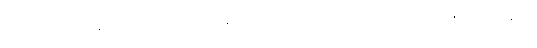
မဟာနာမ၊ မဟနာမ်သည်သာလျှင်ဖြစ်သော။ စိတ္တံ၊ စိတ်သည်။ ဟောတိ၊ ဖြစ်၏။ မဟာနာမ၊